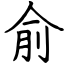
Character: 俞